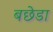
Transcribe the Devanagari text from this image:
बछेडा